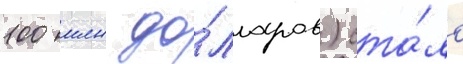
100 млн до́лларов) ста́ло